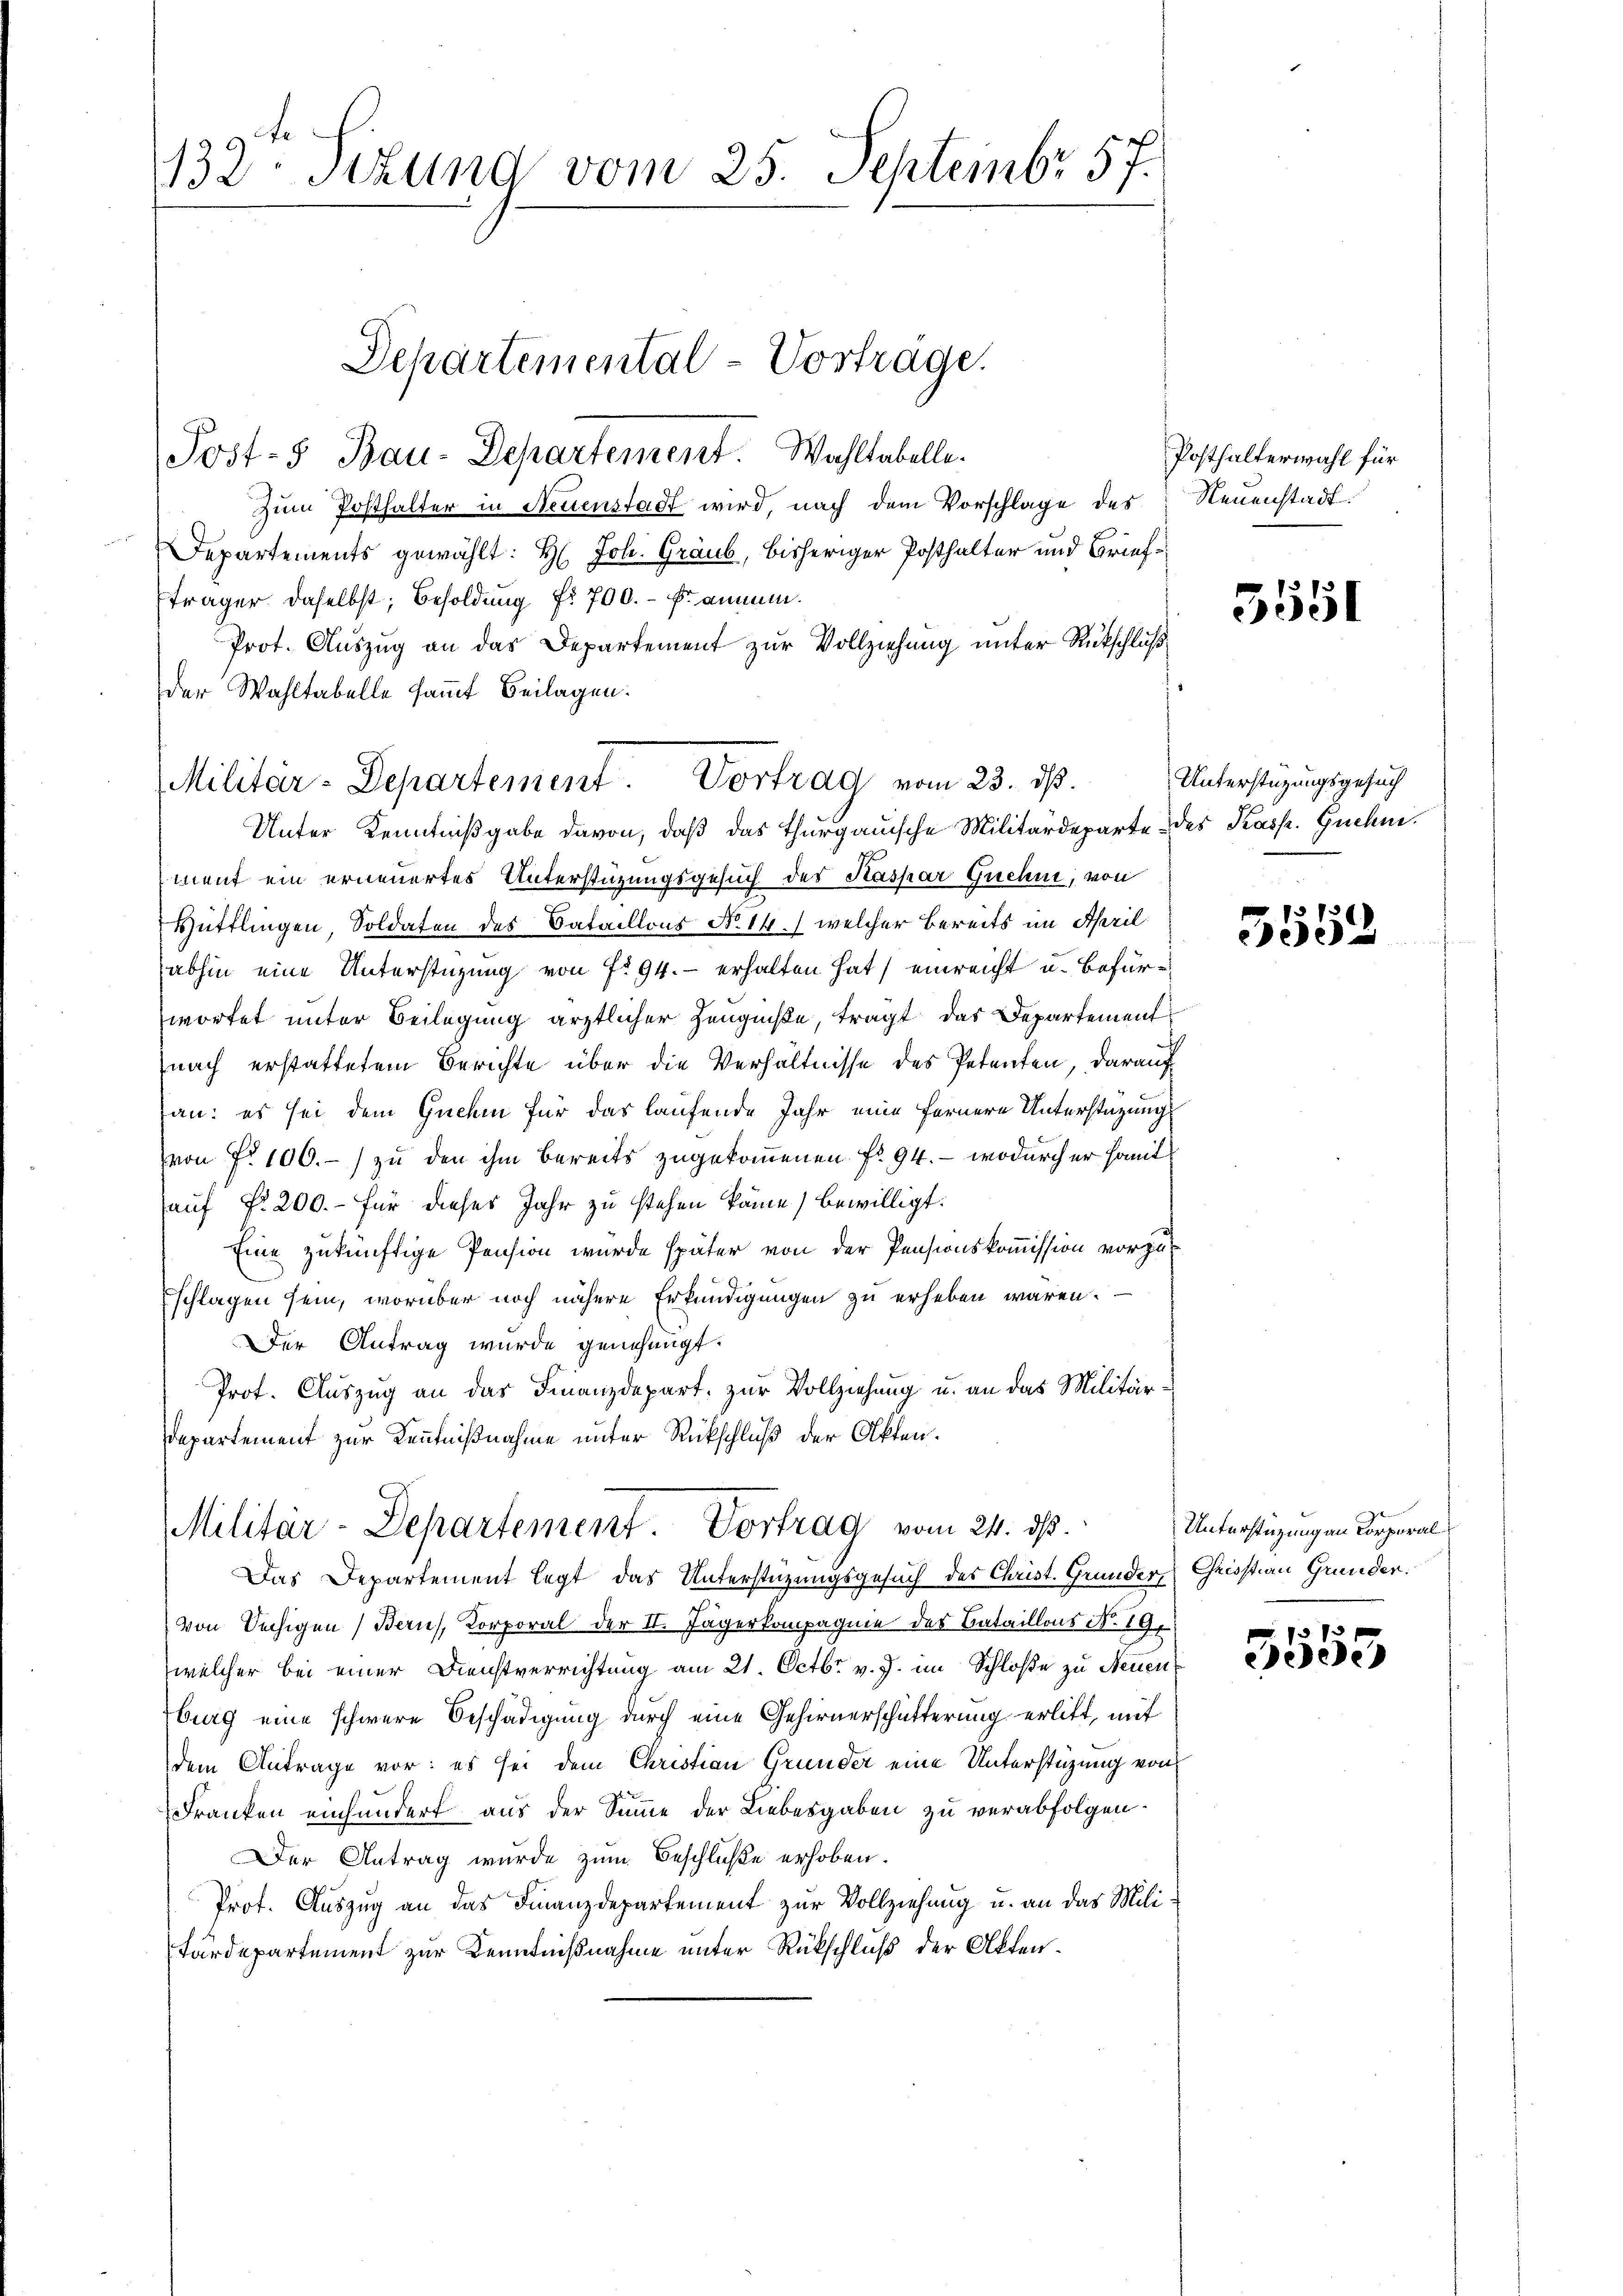
132 Stund vom 25. Septembr 57.

Zum Posthalter in Neuenstadt wird, nach dem Vorschlage des
Departements gewählt: H. Joh. Graub, bisheriger Posthalter und Briefträger daselbst; Besoldung fr. 700.- Kammen.
Prot. Auszug an das Departement zur Vollziehung unter Rückschluß
der Wahltabelle sammt Beilagen.
Unter Kenntnißgabe davon, daß das Thurgauische Militärdeparte des Kasp. Guchm
ment ein erneuertes Unterstüzungsgesuch des Kaspar Guchn, von
Hüttlingen, Soldaten des Bataillons No. 14.) welcher Bereits im April
abhin eine Unterstüzung von fr 94. - erhalten hat, einreicht u. Befürwortet unter Beilegung ärztlicher Zeugniße, tragt, das Departement
nach erstattetem Berichte über die Verhältnisse des Petenten, darauf
an: es sei dem Guchin für das laufende Jahr eine fernere Unterstüzung
von Fr. 100.-) zu den ihm bereits zugekommenen Fr. 94. — wodurch er samt
auf fr. 200.- für dieses Jahr zu stehen könne, bewilligt.
Eine zukünftige Pension wurde später von der Pensionskommission vorzuschlagen sein, worüber noch nähere Erkundigungen zu erheben wären.
Der Antrag wurde genehmigt.
Prot. Auszug an das Finanzdepart, zur Vollziehung u. an das Militärdepartement zur Kenntnißnahme unter Rückschluß der Akten.

Post-5 Bau-Departement. Wahltabelle.

Departemental-Vortrage.

Militär-Departement. Vortrag vom 23. ds.

Militär-Departement Vortrag vom 24. dß.

Posthalterwahl für
Neuenstadt.

Das Departement legt das Unterstüzungsgesuch des Christ. Grunder, Christian Grunden.
von Sechigen Bern, Korporal der II. Jägerkompagnie des Bataillons N. 191
welcher bei einer Dienstverrichtung am 21. Octbr. v. J. im Schloße zu Neuenburg eine schwere Beschädigung durch eine Gehirnerschütterung erlitt, mit
dem Antrage vor: es sei dem Christian Grunder eine Unterstüzung von
Franken einhundert aus der Summe der Liebesgaben zu verabfolgen.
Der Antrag wurde zum Beschluße erhoben.
Prot. Auszug an das Finanzdepartement zur Vollziehung u. an das Militärdepartement zur Kenntnißnahme unter Rückschluß der Akten¬

5551

Unterstüzungsgesuch

1573 x
ee

Unterstüzung an Korporal

7373
0